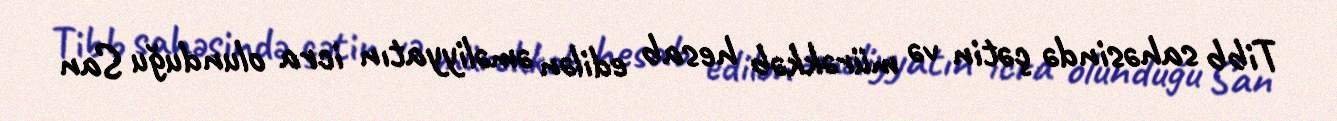
Tibb sahəsində çətin və mürəkkəb hesab edilən əməliyyatın icra olunduğu San